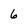
Character: 6